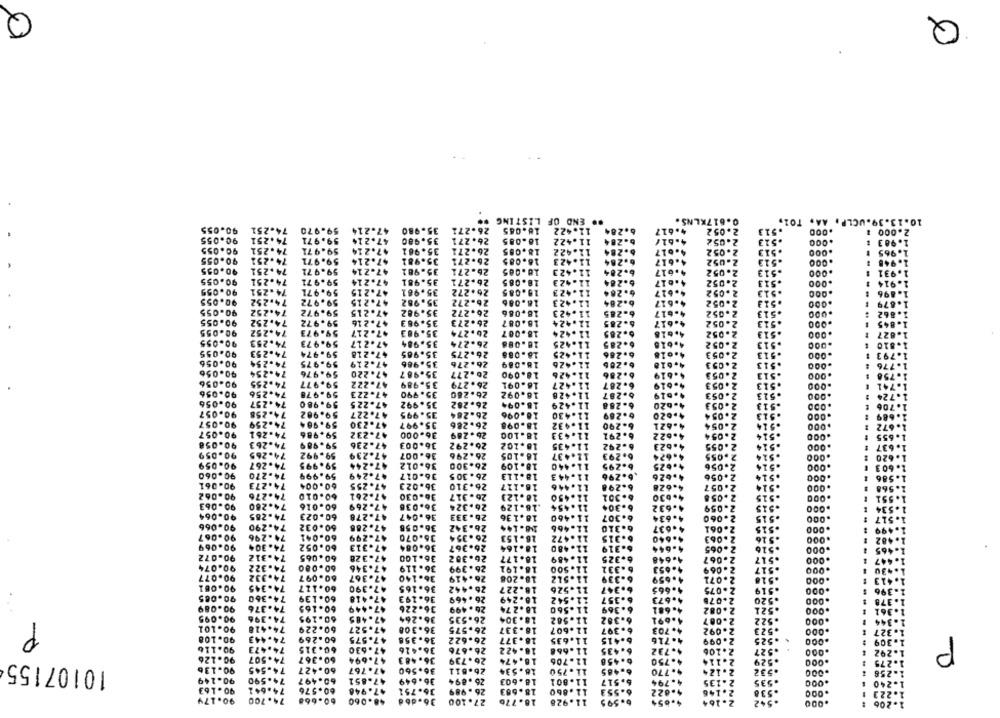
Q
Q
.. END OF
0.617KLNS
10.13.39.UCLP. AA. TOI,
90.055
74.251
59.970
.980
.065
2.052
.513
.000
2.000
90.055
59.971
26.271
4.617
2.052
.513
.000
1.983
90.055
74.251
59.971
.21
35.981
26.271
2.052
.513
.000
1.965
90.055
74.251
59.971
26.271
47.214
35.981
2.052
.513
.000
1.948 :
90.055
74.251
59.971
47-214
35.981
26-271
4.617
2.052
.513
.000
1.931
90.055
74.251
35.981
26-271
59.971
47.214
4.617
2.052
.513
.000
1.914 1
90.055
74.251
59.971
47-215
35.981
26.272
1.617
2.052
.513
.000
1.896
90.055
74.252
59.972
47.215
35.982
26-272
4.61
2.052
.513
.000
1.879
90.055
74.252
59.972
47. 215
35.982
26.272
-b17
2.052
.513
1.862
90.055
74.252
59.972
35.983
2.052
.513
1.845
90.055
74.252
59.973
+7-217
35.983
26.2
4.61
2.052
.513
.000
1.627
90.055
74.253
59.973
47.217
35.984
4.61
2.052
.513
.810
90.055
74.253
59.974
47.218
35.985
4.01
2.053
27
.513
.000
1.793
90.056
74.254
59.975
47.219
35.986
26.27
4.618
2.053
.513
.000
1.776
90.056
74.254
59.976
47. 220
35.967
20.27
4.619
2.053
.513
.000
90.056
1.758
74.255
59.977
47.222
35.989
26.27
4.619
2.053
.513
.000
1.741 ¢
90.056
74.256
59.978
47.223
35.990
26.26
4.619
2.053
.513
.000
1.724 1
90.056
74.257
59.980
26.282
47-225
35.992
4-620
2.053
.513
1.706 t
90.057
74.258
59.902
47.227
35.995
26-284
4.620
2.054
.513
1.689 :
90.057
74.259
59.964
7.230
35.997
26.286
4.621
2.054
.514
1.672
.000
90.057
74.261
59.986
47.232
36.000
26.289
4-622
2.054
.514
.000
1.655
90.058
74.263
59.989
47-236
36.003
26.292
4.623
2.055
.514
.000
90.059
74.265
36.007
26.296
37
59.992
7.239
4.674
2.055
.000
. 620
90.059
74.267
59.995
7.244
36.012
26.300
4.625
2.056
14
. 603
90.060
74.270
59.999
47.249
36.017
26.305
4.626
2.056
14
.000
.586
90.061
74.273
60.004
47.255
36.023
26.310
4.628
2.057
14
.000
.568
90.062
74.276
60.010
7.261
36.030
26 . 317
4.630
2.058
.551
90.063
74-280
60.016
7.269
36.036
26.324
4.632
2.059
.000
1.534 !
90.064
74-285
60.023
17.278
36.047
26.333
4. 634
2.060
15
.000
1.517 !
90.066
74.290
60.032
47.286
36.058
26.342
4-637
2.061
IS
.000
1.499 !
90.067
74 -296
60.041
47.299
36.070
26.354
4.640
2.063
.000
1.482
90.069
74.304
60.052
7.313
36.084
26.367
4.644
2.065
.000
1.465
90.072
74.312
60.065
47.328
36.100
26.302
4.648
2.067
.517
.000
1.447 1
90.074
74.322
60.080
47.346
36.119
26.399
90.077
4.653
2.069
.517
.000
30
74.332
60.097
47.367
36.140
26.419
4.659
2.071
.518
.000
1.413
90.081
74.345
60.117
47.390
36.165
26.442
4.665
2.075
.519
.000
90.085
74.360
1.396
60.139
47.418
36.193
26.469
4.673
2.076
.520
.000
1.378
90.089
74.376
60-165
47.449
36.226
26. 499
4.681
2.082
.521
.000
1.361
90.095
74.396
60.195
47.485
36.264
26.535
4.691
2.007
.522
.000
1.344
P
90.101
74.418
60.229
47.527
36.308
26.575
4.703
2.092
.523
.000
1.327
90.108
74.443
60.269
47.575
36.358
26.622
4.716
2.099
.525
.000
1.309
P
90.116
74.473
60.315
47.630
36.426
26.676
.732
2.106
.527
.000
1.292
90.126
74.507
60.367
47.694
36. 483
26 .739
4.750
2.114
.529
.000
1.275
10107155
90.136
74.545
60.427
47.767
36.560
26.611
4.770
.532
1.256 %
90.149
74.590
60.497
47.851
36.649
26 .894
794
2-135
.535
.000
.240
90.163
74.641
60.576
47.946
26 . 989
36.751
.822
.538
.000
223
90.179
74.700
60.668
48.060
36.dbd
27.100
2.164
.542
206